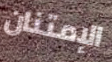
الإمتنان